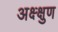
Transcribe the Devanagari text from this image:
अक्ष्क्षुण